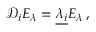
{ \mathcal D } _ { i } E _ { \lambda } = \underline { { { \lambda _ { i } } } } E _ { \lambda } \, ,